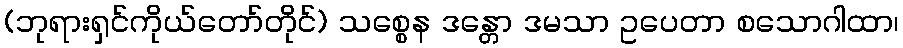
(ဘုရားရှင်ကိုယ်တော်တိုင်) သစ္စေန ဒန္တော ဒမသာ ဥပေတာ စသောဂါထာ၊